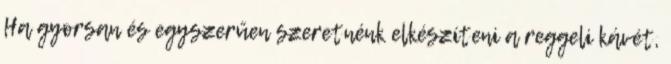
Ha gyorsan és egyszerűen szeretnénk elkészíteni a reggeli kávét,